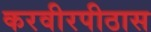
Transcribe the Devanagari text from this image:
करवीरपीठास